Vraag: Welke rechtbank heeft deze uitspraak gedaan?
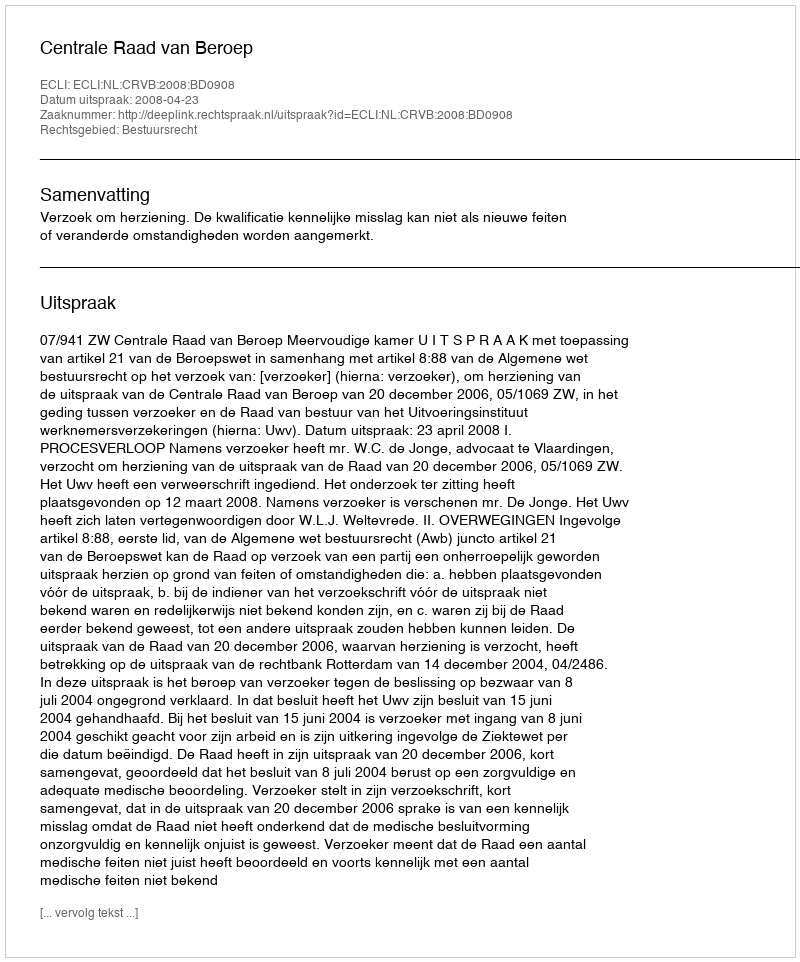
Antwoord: Centrale Raad van Beroep